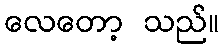
လေတော့ သည်။